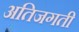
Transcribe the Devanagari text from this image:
अतिजगती